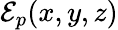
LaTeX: \mathcal{E}_{p}(x,y,z)